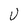
Character: U